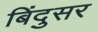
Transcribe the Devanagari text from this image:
बिंदुसर